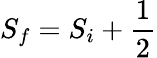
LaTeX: {S}_{f}={S}_{i}+\frac{1}{2}